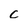
Character: c